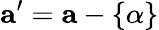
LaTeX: \mathbf{a^{\prime}}=\mathbf{a}-\{ \alpha\}